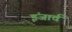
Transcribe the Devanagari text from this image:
इंजार्च